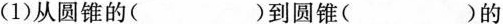
(1) 从圆锥的( )到圆锥( )的